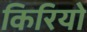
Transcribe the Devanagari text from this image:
किरियो